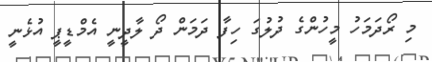
މި ރޯދަމަހު މީހުންގެ ދުލުގަ ހިފާ ދަމަން ދޯ ލާދީނީ އެމްޑީޕީ އުޅެނީ